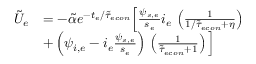
\begin{array} { r l } { \tilde { U } _ { e } } & { = - \tilde { \alpha } e ^ { - t _ { e } / \tilde { \tau } _ { e c o n } } \Big [ \frac { \psi _ { s , e } } { s _ { e } } i _ { e } \, \left( \frac { 1 } { 1 / \tilde { \tau } _ { e c o n } + \eta } \right) } \\ & { + \left( \psi _ { i , e } - i _ { e } \frac { \psi _ { s , e } } { s _ { e } } \right) \, \left( \frac { 1 } { \tilde { \tau } _ { e c o n } + 1 } \right) \Big ] } \end{array}